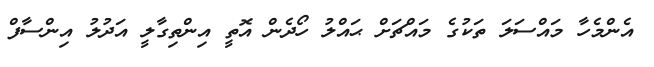
އެންމެހާ މައްސަލަ ތަކުގެ މައްޗަށް ޙައްލު ހޯދެން އޮތީ އިންތިގާލީ އަދުލު އިންސާފް